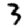
Digit: 3